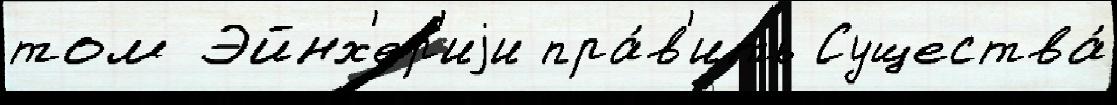
том Эйнх'ер'иjи пра́в'ить Существа́